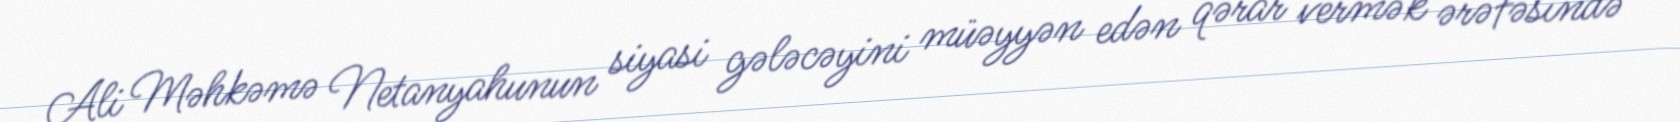
Ali Məhkəmə Netanyahunun siyasi gələcəyini müəyyən edən qərar vermək ərəfəsində